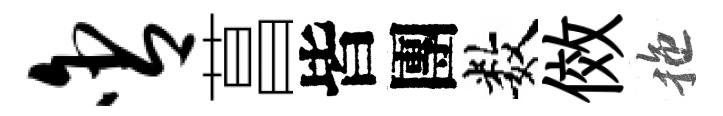
含菖皆團数傚拖